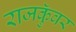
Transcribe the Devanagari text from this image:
राजकुॅवर